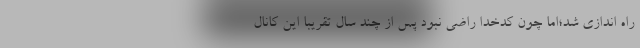
راه اندازي شد؛اما چون كدخدا راضي نبود پس از چند سال تقريبا اين كانال